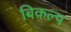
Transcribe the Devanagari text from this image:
बिकल्प